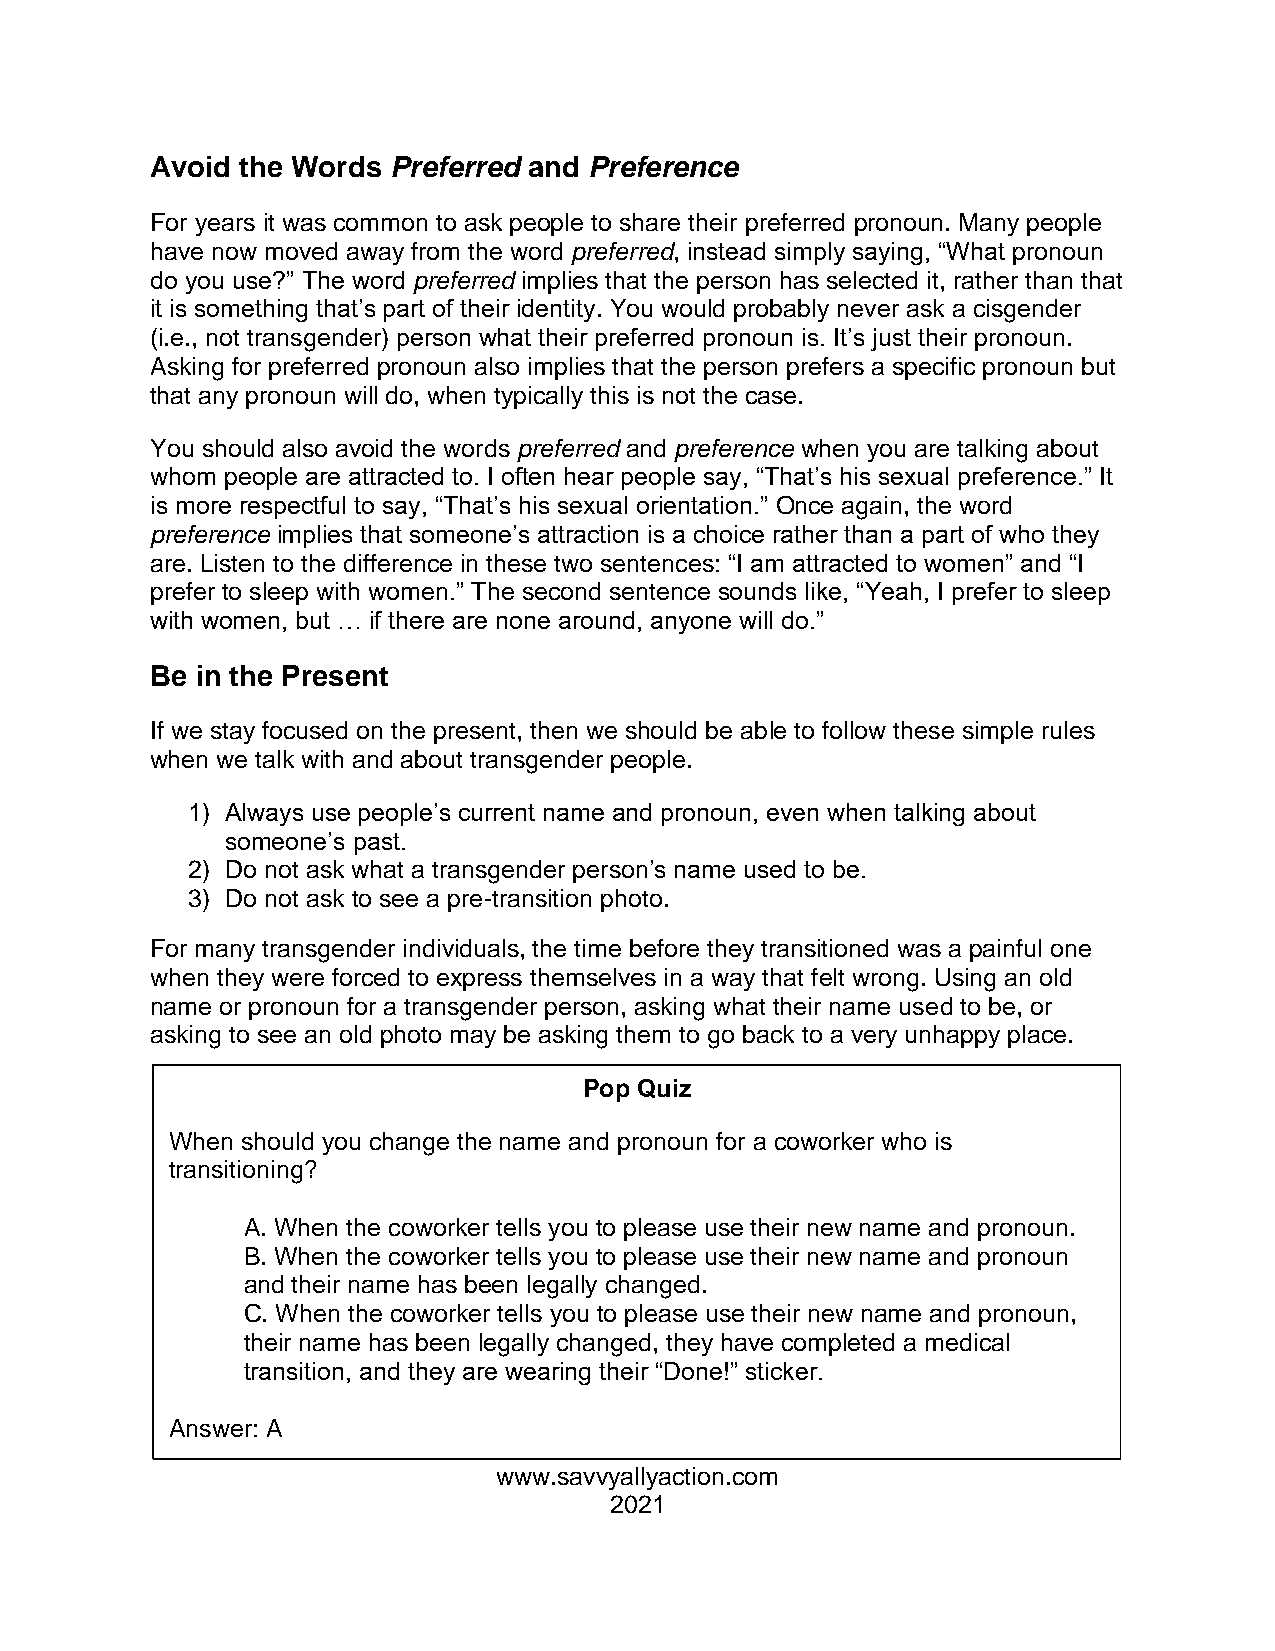
Avoid the Words Preferred and Preference
 For years it was common to ask people to share their preferred pronoun. Many people
 have now moved away from the word preferred, instead simply saying, “What pronoun
 do you use?” The word preferred implies that the person has selected it, rather than that
 it is something that’s part of their identity. You would probably never ask a cisgender
 (i.e., not transgender) person what their preferred pronoun is. It’s just their pronoun.
 Asking for preferred pronoun also implies that the person prefers a specific pronoun but
 that any pronoun will do, when typically this is not the case.
 You should also avoid the words preferred and preference when you are talking about
 whom people are attracted to. I often hear people say, “That’s his sexual preference.” It
 is more respectful to say, “That’s his sexual orientation.” Once again, the word
 preference implies that someone’s attraction is a choice rather than a part of who they
 are. Listen to the difference in these two sentences: “I am attracted to women” and “I
 prefer to sleep with women.” The second sentence sounds like, “Yeah, I prefer to sleep
 with women, but … if there are none around, anyone will do.”
 Be in the Present
 If we stay focused on the present, then we should be able to follow these simple rules
 when we talk with and about transgender people.
 1) Always use people’s current name and pronoun, even when talking about
 someone’s past.
 2) Do not ask what a transgender person’s name used to be.
 3) Do not ask to see a pre-transition photo.
 For many transgender individuals, the time before they transitioned was a painful one
 when they were forced to express themselves in a way that felt wrong. Using an old
 name or pronoun for a transgender person, asking what their name used to be, or
 asking to see an old photo may be asking them to go back to a very unhappy place.
 Pop Quiz
 When should you change the name and pronoun for a coworker who is
 transitioning?
 A. When the coworker tells you to please use their new name and pronoun.
 B. When the coworker tells you to please use their new name and pronoun
 and their name has been legally changed.
 C. When the coworker tells you to please use their new name and pronoun,
 their name has been legally changed, they have completed a medical
 transition, and they are wearing their “Done!” sticker.
 Answer: A
 www.savvyallyaction.com
 2021